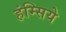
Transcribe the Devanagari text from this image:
हंम्सिये